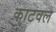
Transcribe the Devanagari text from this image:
काटवल